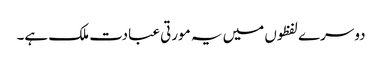
دوسرے لفظوں میں یہ مورتی عبادت ملک ہے۔